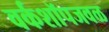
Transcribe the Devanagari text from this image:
वर्कशॉपजवळ